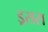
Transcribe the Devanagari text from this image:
ड्रसस